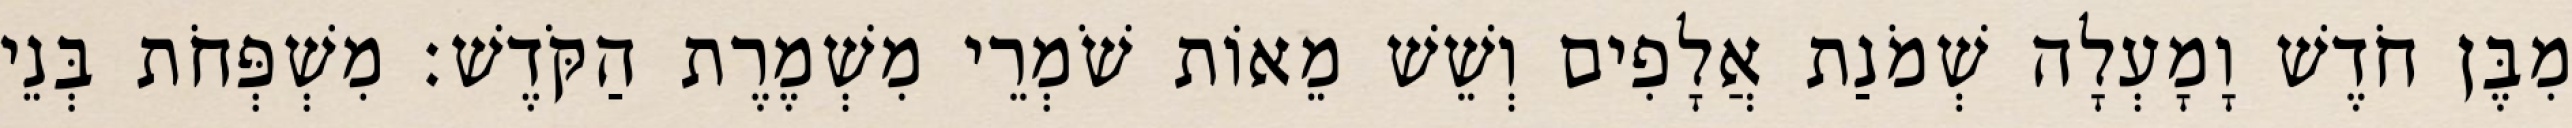
מִבֶּן חֹדֶשׁ וָמָעְלָה שְׁמֹנַת אֲלָפִים וְשֵׁשׁ מֵאוֹת שֹׁמְרֵי מִשְׁמֶרֶת הַקֹּדֶשׁ׃ מִשְׁפְּחֹת בְּנֵי